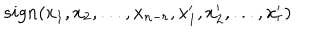
s i g n ( x _ { 1 } , x _ { 2 } , . . . , x _ { n - r } , x _ { 1 } ^ { \prime } , x _ { 2 } ^ { \prime } , . . . , x _ { r } ^ { \prime } )